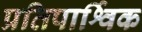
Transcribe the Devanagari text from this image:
प्रतिपार्श्विक